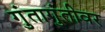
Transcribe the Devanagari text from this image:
गुंतागुंतीवर